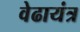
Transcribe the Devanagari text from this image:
वेढायंत्र